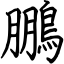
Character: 鵬